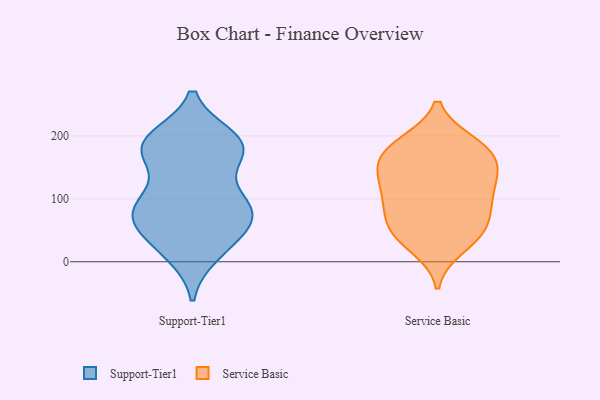
{"axis": {"x": "Temperature (°C)", "y": "Value"}, "legend": ["Service Basic", "Support-Tier1"], "data": [{"x": "", "y": 174, "type": "Support-Tier1"}, {"x": "", "y": 64, "type": "Support-Tier1"}, {"x": "", "y": 165, "type": "Support-Tier1"}, {"x": "", "y": 171, "type": "Support-Tier1"}, {"x": "", "y": 191, "type": "Support-Tier1"}, {"x": "", "y": 72, "type": "Support-Tier1"}, {"x": "", "y": 91, "type": "Support-Tier1"}, {"x": "", "y": 18, "type": "Support-Tier1"}, {"x": "", "y": 59, "type": "Support-Tier1"}, {"x": "", "y": 87, "type": "Support-Tier1"}, {"x": "", "y": 187, "type": "Support-Tier1"}, {"x": "", "y": 94, "type": "Support-Tier1"}, {"x": "", "y": 29, "type": "Support-Tier1"}, {"x": "", "y": 88, "type": "Support-Tier1"}, {"x": "", "y": 100, "type": "Support-Tier1"}, {"x": "", "y": 189, "type": "Support-Tier1"}, {"x": "", "y": 196, "type": "Support-Tier1"}, {"x": "", "y": 187, "type": "Support-Tier1"}, {"x": "", "y": 59, "type": "Support-Tier1"}, {"x": "", "y": 13, "type": "Support-Tier1"}, {"x": "", "y": 112, "type": "Service Basic"}, {"x": "", "y": 45, "type": "Service Basic"}, {"x": "", "y": 185, "type": "Service Basic"}, {"x": "", "y": 97, "type": "Service Basic"}, {"x": "", "y": 183, "type": "Service Basic"}, {"x": "", "y": 94, "type": "Service Basic"}, {"x": "", "y": 146, "type": "Service Basic"}, {"x": "", "y": 156, "type": "Service Basic"}, {"x": "", "y": 122, "type": "Service Basic"}, {"x": "", "y": 53, "type": "Service Basic"}, {"x": "", "y": 36, "type": "Service Basic"}, {"x": "", "y": 64, "type": "Service Basic"}, {"x": "", "y": 189, "type": "Service Basic"}, {"x": "", "y": 23, "type": "Service Basic"}, {"x": "", "y": 153, "type": "Service Basic"}, {"x": "", "y": 176, "type": "Service Basic"}, {"x": "", "y": 134, "type": "Service Basic"}, {"x": "", "y": 75, "type": "Service Basic"}]}